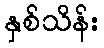
နှစ်သိန်း